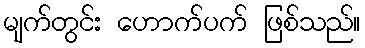
မျက်တွင်း ဟောက်ပက် ဖြစ်သည်။